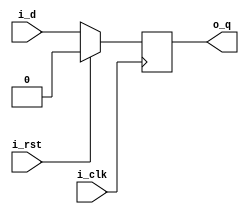
///////////////////////////////////////////////////////////////////////////////
// $Author: BH $    $Date: 2020-06-26 $    $Revision: 1 $
//
// Module: dff.v
// Project: iCESDM (Sigma Delta Modulator for Lattice iCE40)
// Description: D flip-flop.
//
// Change history:  2020-06-26 Created file.
//                  2021-03-05 Added conditional compilation flag.
//
// 2023 ETH Zurich, Brett Hannigan; D-HEST; Biomedical and Mobile Health Technology (BMHT) Lab; Carlo Menon
//
///////////////////////////////////////////////////////////////////////////////

`ifndef __DFF_INCULDE__
`define __DFF_INCLUDE__
`endif

module dff(i_clk, i_rst, i_d, o_q);
    parameter WIDTH = 1;
    input i_clk, i_rst;
    input [WIDTH-1:0] i_d;
    output [WIDTH-1:0] o_q;
    reg [WIDTH-1:0] q;

    initial begin
        q <= {WIDTH{1'b0}};
    end

    always @(posedge i_clk)
    begin
        if (i_rst)
            q <= {WIDTH{1'b0}};
        else
            q <= i_d;
    end
    assign o_q = q;
endmodule